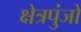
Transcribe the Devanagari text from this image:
क्षेत्रपुंजों